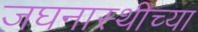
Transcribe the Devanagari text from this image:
जघनास्थीच्या